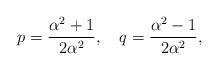
LaTeX: \begin{align*}p=\frac{\alpha^2+1}{2\alpha^2}, \quad q=\frac{\alpha^2-1}{2\alpha^2},\end{align*}